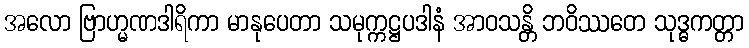
အလော ဗြာဟ္မဏဒါရိကာ မာနုပေတာ သမုက္ကဋ္ဌပဒါနံ အာဝသန္တိ ဘဝိဿတေ သုဒ္ဓကတ္တာ